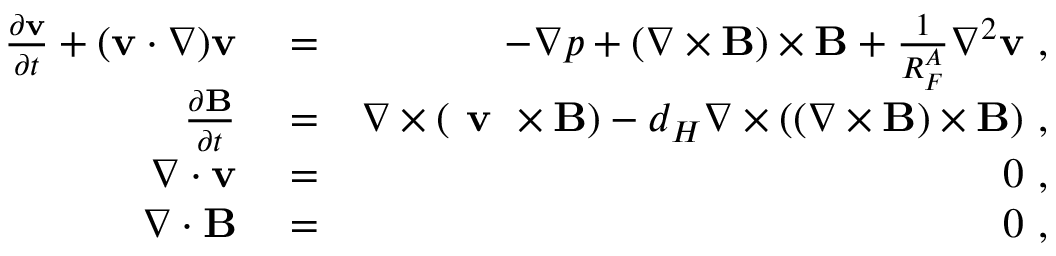
\begin{array} { r l r } { \frac { \partial { \bf v } } { \partial t } + ( { \bf v } \cdot \nabla ) { \bf v } } & { { } = } & { - \nabla p + ( \nabla \times { \bf B } ) \times { \bf B } + \frac { 1 } { R _ { F } ^ { A } } \nabla ^ { 2 } { \bf v } ~ , } \\ { \frac { \partial { \bf B } } { \partial t } } & { { } = } & { \nabla \times ( \textbf { v } \times { \bf B } ) - d _ { H } \nabla \times ( ( \nabla \times { \bf B } ) \times { \bf B } ) ~ , } \\ { \nabla \cdot { \bf v } } & { { } = } & { 0 ~ , } \\ { \nabla \cdot { \bf B } } & { { } = } & { 0 ~ , } \end{array}